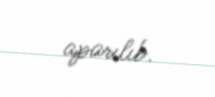
aparılıb.